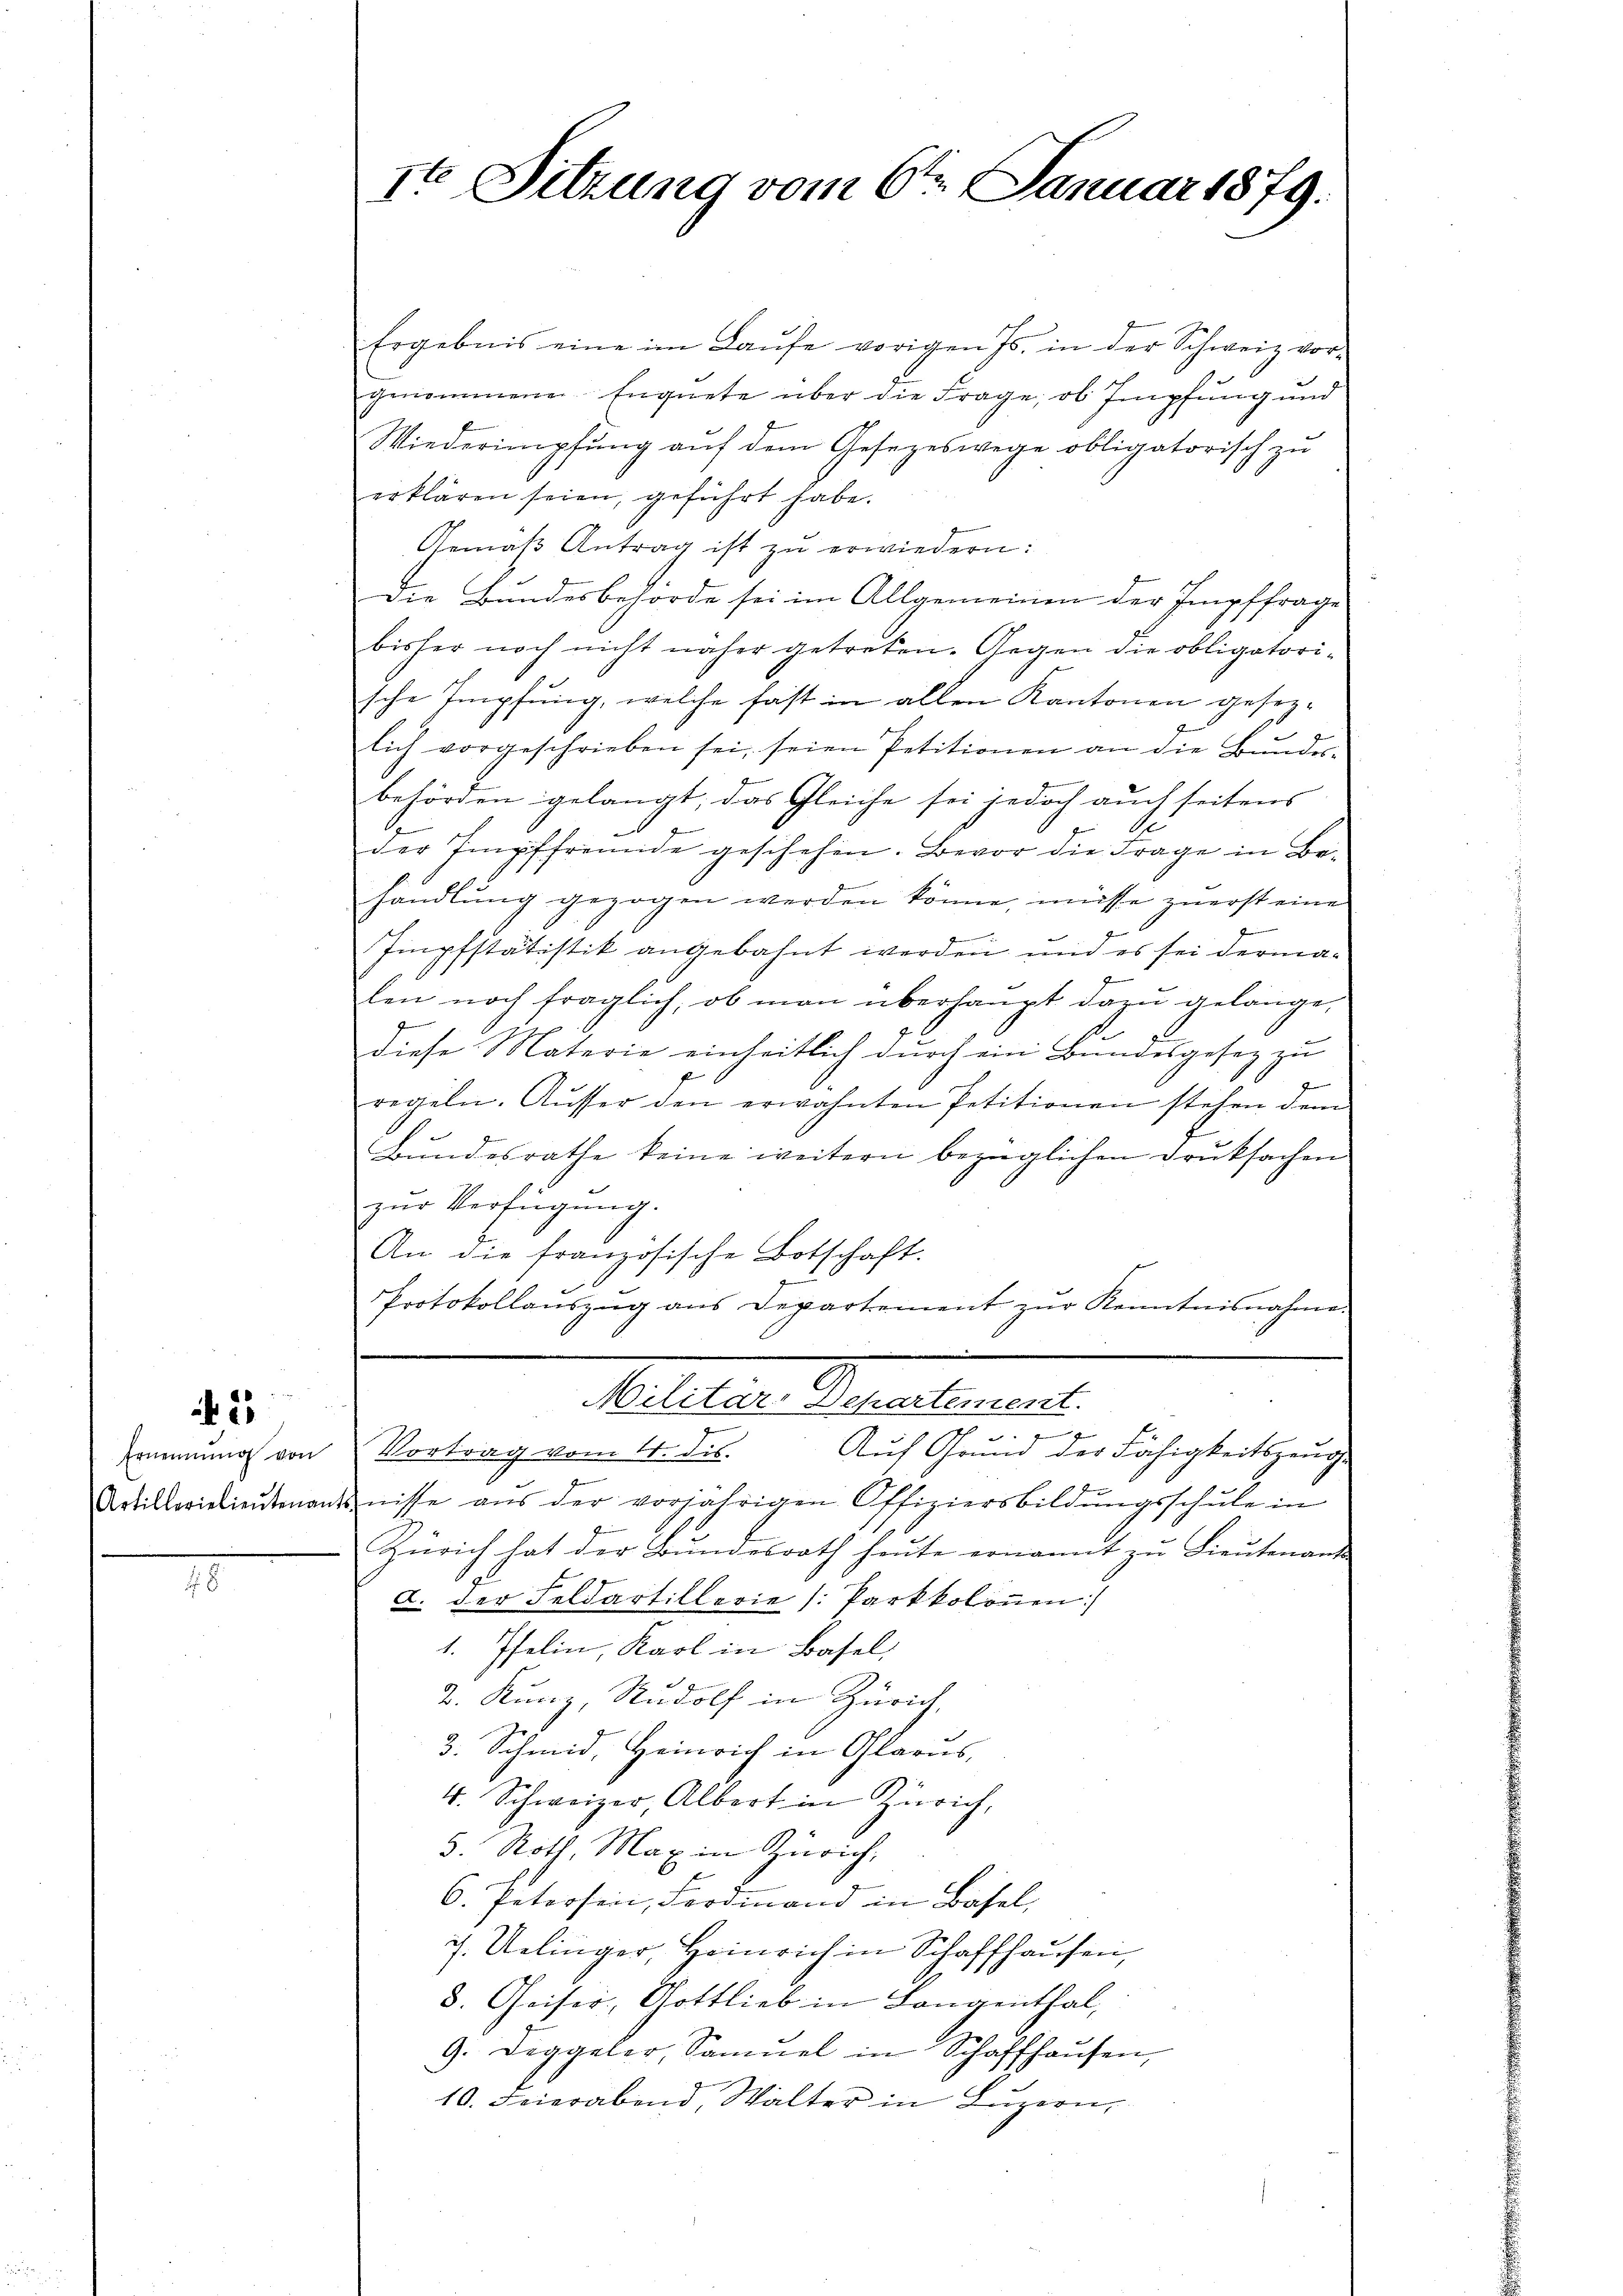
2

Ernennung von
Artillerielieutenan

8

ste Sitzung vom 6ten Januar 1879.

Ergebnis eine im Laŭfe vorigen Js. in der Schweiz vor-
genommenen Engnete über die Frage, ob Impfung und
Wiederimpfŭng aŭf dem Gesezeswege obligatorisch zu
erklären seien, geführt habe.
Gemäβ Antrag ist zŭ erwiedern:
Die Bundesbehörde sei im Allgemeinen der Impffrage
bisher noch nicht näher getreten. Gegen die obligatorische Impfung, welche fast in allen Kantonen gesezlich vorgeschrieben sei, seien Petitionen an die Bundes-
e
behörden gelangt, das Gleiche sei jedoch auch seitens
Se
der Impffreunde geschehen. Bevor die Frage in Behandlung gezogen werden könne, müsse zuerst eine

Impfstätistik angebahnt werden, und es sei dermax
den noch fraglich, ob man überhaupt dazu gelange,

diese Materie einheitlich durch ein Bundesgesez zu
2
regeln. Aŭsser den erwähnten Petitionen stehen dem
Bundesrathe keine weitern bezüglichen Druksachen
zur Verfügung.
An die französische Botschaft.
Protokollaŭszŭg ans Departement zŭr Kenntnisnahme.
Alter Petentement
e
.
Vortrag vom 4. ds. Auf Grund der Fähigkeitszeuge
tnisse aus der vorjährigen Offiziersbildŭngsschule in
Zürich hat der Bŭndesrath heŭte ernannt zŭ Lieŭtenande
a. der Feldartillerie (: Parkkolonen:
1. Iselin, Karl in Basel,
2. Kunz, Rudolf in Zürich,
3. Schmid, Heinrich in Glarus,
4. Schweizer, Albert in Zürich,
5. Roth. Max in Zürich,
6. Petersen, Ferdinand in Basel,
7. Uelinger, Heinrich in Schaffhausen,
8. Chaiser, Gottlieb in Langenthal,
9. Deggeler, Samŭel in Schaffhaŭsen,
10. Feierabend, Walter in Luzern,
s